画像に写った文字を読んでください
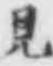
「見」と書いてあります